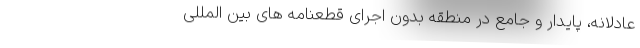
عادلانه، پایدار و جامع در منطقه بدون اجرای قطعنامه های بین المللی